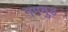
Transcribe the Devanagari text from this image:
गमवुड